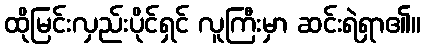
ထိုမြင်းလှည်းပိုင်ရှင် လူကြီးမှာ ဆင်းရဲရှာ၏။